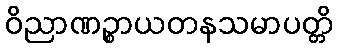
ဝိညာဏဉ္စာယတနသမာပတ္တိ